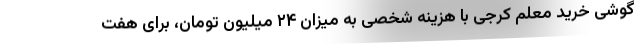
گوشی خرید معلم کرجی با هزینه شخصی به میزان ۲۴ میلیون تومان، برای هفت